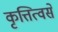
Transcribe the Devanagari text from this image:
कृत्तित्वसे